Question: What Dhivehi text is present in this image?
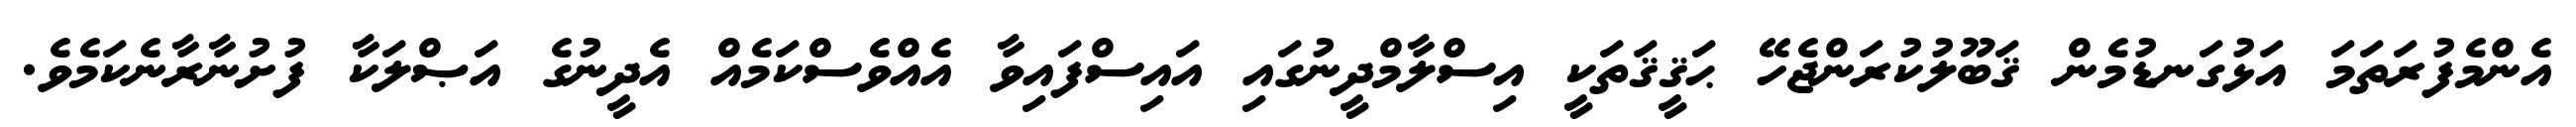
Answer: އެންމެފުރަތަމަ އަޅުގަނޑުމެން ޤަބޫލުކުރަންޖެހޭ ޙަޤީޤަތަކީ އިސްލާމްދީނުގައި އައިސްފައިވާ އެއްވެސްކަމެއް އެދީނުގެ އަޞްލަކާ ފުށުނާރާނެކަމެވެ.